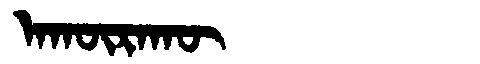
Manchu: ᠠᡴᡡᡵᠠᡴᡡ
Romanization: AKŪRAKŪ